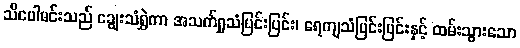
သီပေါမင်းသည် ချွေးသံရွှဲကာ အသက်ရှူသံပြင်းပြင်း၊ ရေကျသံပြင်းပြင်းနှင့် ထမ်းသွားသော